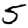
Digit: 5